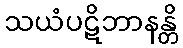
သယံပဋိဘာနန္တိ